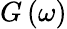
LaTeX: G\left(\omega\right)